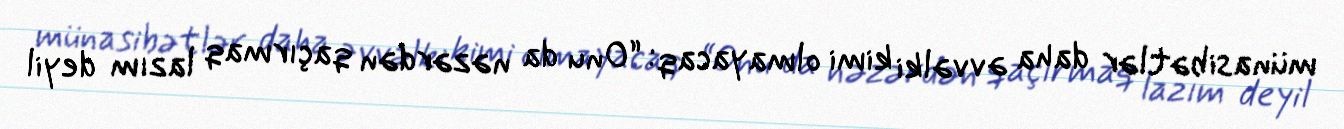
münasibətlər daha əvvəlki kimi olmayacaq: “Onu da nəzərdən qaçırmaq lazım deyil